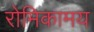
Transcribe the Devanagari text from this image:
रोमिकामय